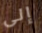
إلى